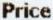
PRICE